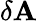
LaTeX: \delta{\mathbf A}